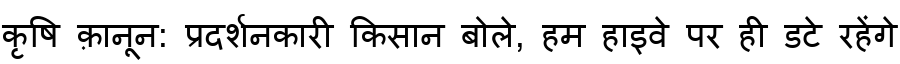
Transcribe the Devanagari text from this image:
कृषि क़ानून: प्रदर्शनकारी किसान बोले, हम हाइवे पर ही डटे रहेंगे